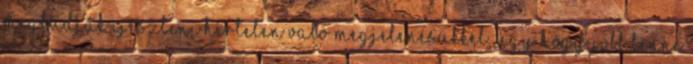
megtudják ijeszteni hirtelen való megjelenésükkel, úgy hogy jobb lenne